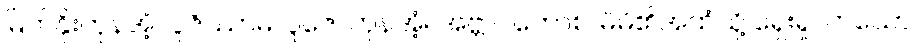
မြတ်နိုးကုန်အံ့။ ပူဇိဿာမ၊ ပူဇော်ကုန်အံ့။ အဗ္ဘာဂတောစ၊ မိမိ၏အထံသို့ ရှေးရှုလာသော